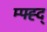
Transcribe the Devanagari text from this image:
म्फ्ह्द्